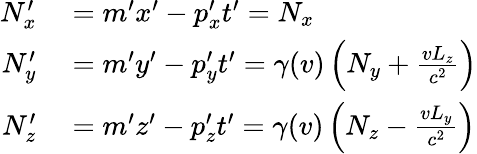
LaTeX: \begin{array}{rl}{N_{x}^{\prime}}&{{}=m^{\prime}x^{\prime}-p_{x}^{\prime}t^{\prime}=N_{x}}\\ {N_{y}^{\prime}}&{{}=m^{\prime}y^{\prime}-p_{y}^{\prime}t^{\prime}=\gamma(v)\left(N_{y}+{\frac{vL_{z}}{c^{2}}}\right)}\\ {N_{z}^{\prime}}&{{}=m^{\prime}z^{\prime}-p_{z}^{\prime}t^{\prime}=\gamma(v)\left(N_{z}-{\frac{vL_{y}}{c^{2}}}\right)}\end{array}